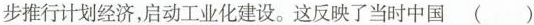
步推行计划经济，启动工业化建设。这反映了当时中国( )